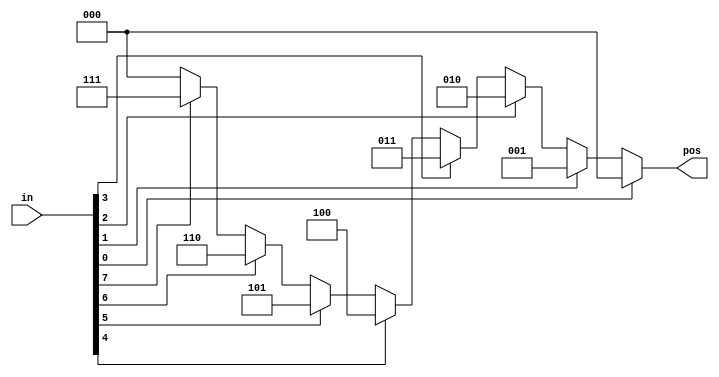
module top_module (
    input [7:0] in,
    output reg [2:0] pos 
);

    always @(*) begin
        casez (in[7:0])
            8'bzzzzzzz1 : pos = 3'b000;
            8'bzzzzzz1z : pos = 3'b001;
            8'bzzzzz1zz : pos = 3'b010;
            8'bzzzz1zzz : pos = 3'b011;
            8'bzzz1zzzz : pos = 3'b100;
            8'bzz1zzzzz : pos = 3'b101;
            8'bz1zzzzzz : pos = 3'b110;
            8'b1zzzzzzz : pos = 3'b111;
            default     : pos = 3'b000;
        endcase
    end

endmodule